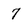
Character: 7